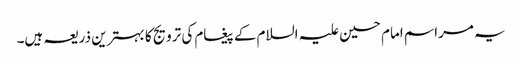
یہ مراسم امام حسین علیہ السلام کے پیغام کی ترویج کا بہترین ذریعہ ہیں۔